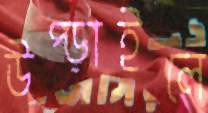
উপ্‌ড়াইলে